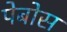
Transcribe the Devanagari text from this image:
पेबोस